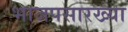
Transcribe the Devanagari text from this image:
भाजपसारख्या